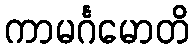
ကာမင်္ဂမောတိ